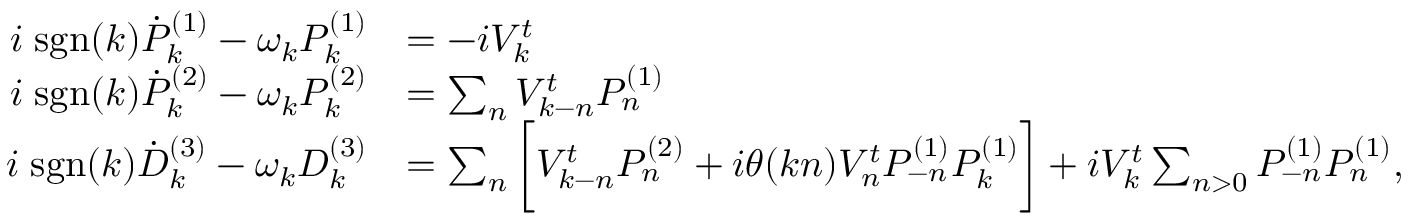
\begin{array} { r l } { i \; \mathrm { \mathrm { s g n } } ( k ) \dot { P } _ { k } ^ { ( 1 ) } - \omega _ { k } P _ { k } ^ { ( 1 ) } } & { = - i V _ { k } ^ { t } } \\ { i \; \mathrm { \mathrm { s g n } } ( k ) \dot { P } _ { k } ^ { ( 2 ) } - \omega _ { k } P _ { k } ^ { ( 2 ) } } & { = \sum _ { n } V _ { k - n } ^ { t } P _ { n } ^ { ( 1 ) } } \\ { i \; \mathrm { \mathrm { s g n } } ( k ) \dot { D } _ { k } ^ { ( 3 ) } - \omega _ { k } D _ { k } ^ { ( 3 ) } } & { = \sum _ { n } \bigg [ V _ { k - n } ^ { t } P _ { n } ^ { ( 2 ) } + i \theta ( k n ) V _ { n } ^ { t } P _ { - n } ^ { ( 1 ) } P _ { k } ^ { ( 1 ) } \bigg ] + i V _ { k } ^ { t } \sum _ { n > 0 } P _ { - n } ^ { ( 1 ) } P _ { n } ^ { ( 1 ) } , } \end{array}